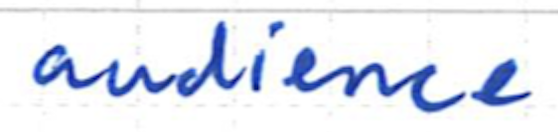
Text: audience
Cross-out: clean
Writing tool: ballpoint